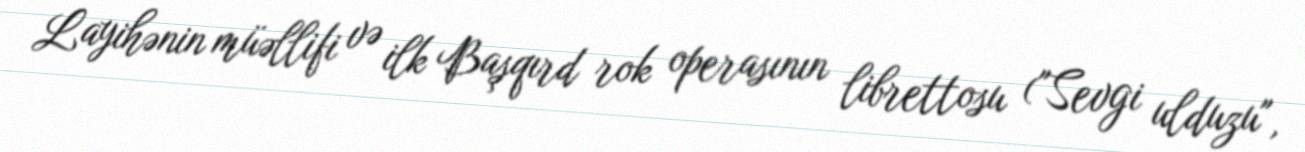
Layihənin müəllifi və ilk Başqırd rok operasının librettosu ("Sevgi ulduzu",